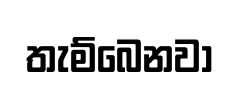
තැම්බෙනවා